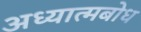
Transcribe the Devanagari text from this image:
अध्यात्मबोध